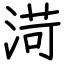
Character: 渮